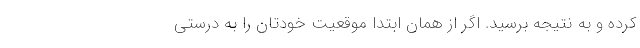
کرده و به نتیجه برسید. اگر از همان ابتدا موقعیت خودتان را به درستی